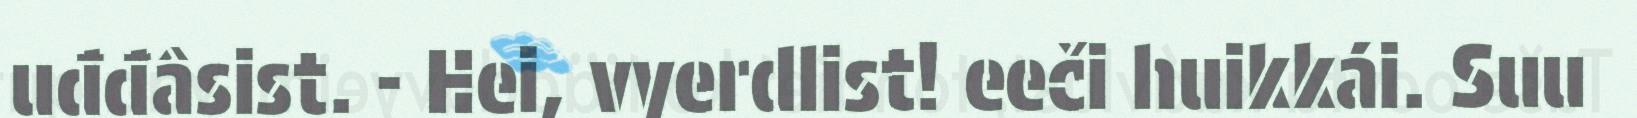
uđđâsist. - Hei, vyerdlist! eeči huikkái. Suu